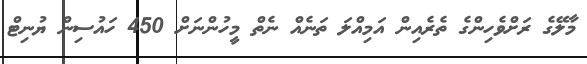
މާލޭގެ ރަށްވެހިންގެ ތެރެއިން އަމިއްލަ ތަނެއް ނެތް މީހުންނަށް 450 ހައުސިން ޔުނިޓް